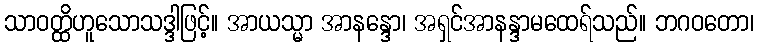
သာဝတ္ထိဟူသောသဒ္ဒါဖြင့်။ အာယသ္မာ အာနန္ဒော၊ အရှင်အာနန္ဒာမထေရ်သည်။ ဘဂဝတော၊